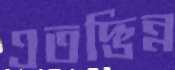
এতদ্ভিন্ন